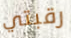
رقبتي